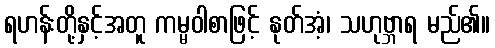
ရဟန်းတို့နှင့်အတူ ကမ္မဝါစာဖြင့် နုတ်အံ့၊ သဟုဗ္ဘာရ မည်၏။